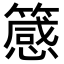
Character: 䉞